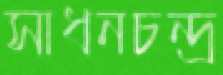
সাধনচন্দ্র